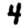
Digit: 4